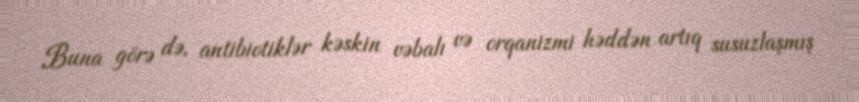
Buna görə də, antibiotiklər kəskin vəbalı və orqanizmi həddən artıq susuzlaşmış